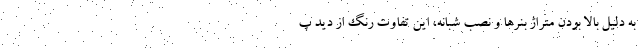
به دلیل بالا بودن متراژ بنرها و نصب شبانه، این تفاوت رنگ از دید پ